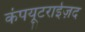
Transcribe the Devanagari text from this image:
कंपयूटराईज़द